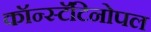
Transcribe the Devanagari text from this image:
कॉन्स्टॅंटिनोपल